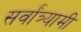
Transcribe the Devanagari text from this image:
सर्वांत्र्यामी